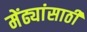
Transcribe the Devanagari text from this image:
मेंढ्यांसाठी